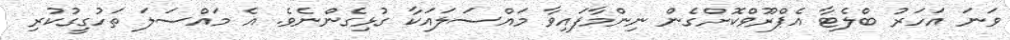
ވަނަ އަހަރު ބްލެޓާ އެޕްރޫވްކޮށްގެން ނިންމާފައިވާ މައްސަލައަކާ ގުޅިގެންނެވެ. އެ މައްސަލަ ތަހުގީގުކުރި